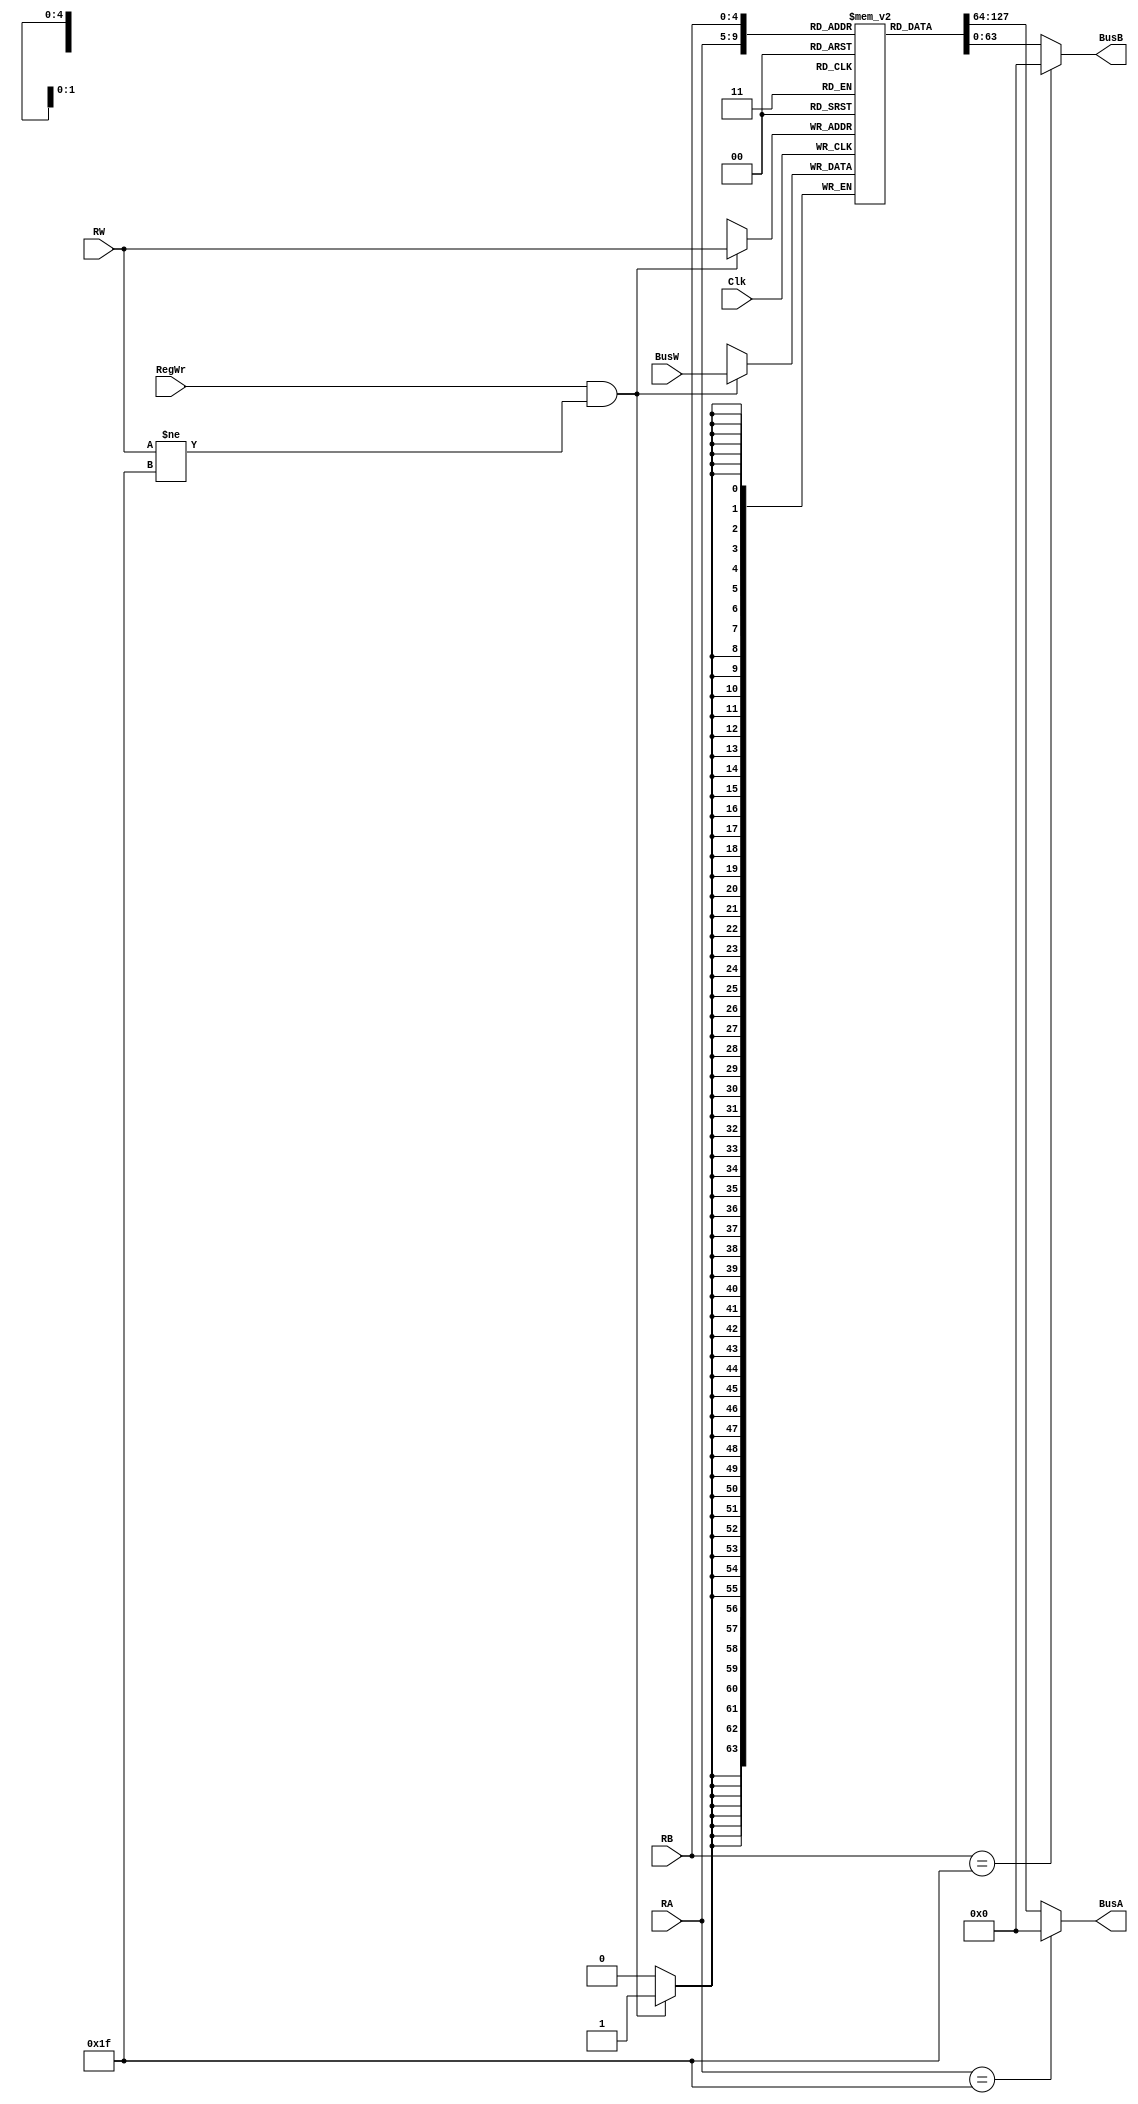
`timescale 1ns / 1ps

module MiniRegisterFile(BusA, BusB, BusW, RA, RB, RW, RegWr, Clk);
    output [63:0] BusA;
    output [63:0] BusB;
    input [63:0] BusW;
    input [4:0] RA;
    input [4:0] RB;
    input [4:0] RW;
    input RegWr;
    input Clk;
    reg [63:0] register[31:0]; // 32 64 bit registers 
	    
    assign #2 BusA = (RA == 31) ? 0 :register[RA]; // RA are on BUS A after 2 sec 
    assign #2 BusB = (RB == 31) ? 0 :register[RB]; // RB are on Bus B after 2 sec
     
    always @ (negedge Clk) begin 
        if(RegWr & RW != 31)
            register[RW] <= #3 BusW; //Data on busW stored on Rw
    end
endmodule